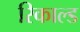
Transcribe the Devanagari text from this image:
रिकाल्ड